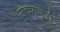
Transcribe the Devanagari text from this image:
सक्तमजुरी